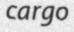
cargo